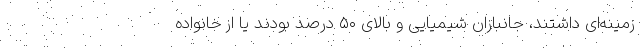
زمینه‌ای داشتند، جانبازان شیمیایی و بالای ۵۰ درصد بودند یا از خانواده